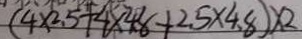
( 4 \times 2 . 5 + 4 \times 4 . 8 + 2 . 5 \times 4 . 8 ) \times 2